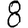
Digit: 8